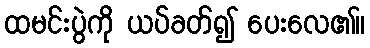
ထမင်းပွဲကို ယပ်ခတ်၍ ပေးလေ၏။